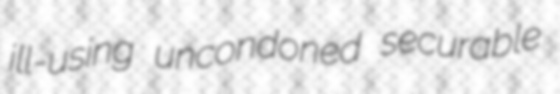
ill-using uncondoned securable